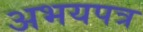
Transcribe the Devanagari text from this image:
अभयपत्र